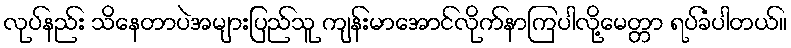
လုပ်နည်း သိနေတာပဲအများပြည်သူ ကျန်းမာအောင်လိုက်နာကြပါလို့မေတ္တာ ရပ်ခံပါတယ်။